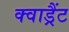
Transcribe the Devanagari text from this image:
क्वाड्रैंट